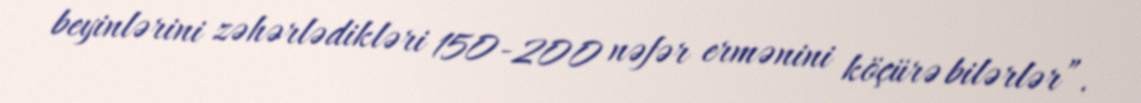
beyinlərini zəhərlədikləri 150-200 nəfər ermənini köçürə bilərlər”.